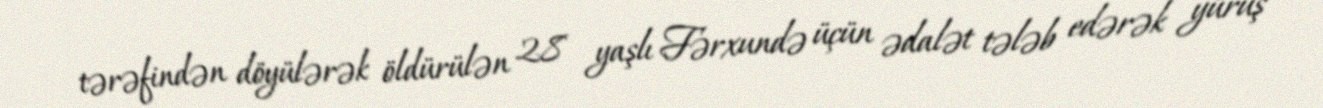
tərəfindən döyülərək öldürülən 28 yaşlı Fərxundə üçün ədalət tələb edərək yürüş